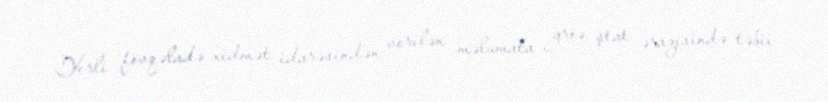
Yerli fövqəladə xidmət idarəsindən verilən məlumata gröə, ştat ərazisində təbii